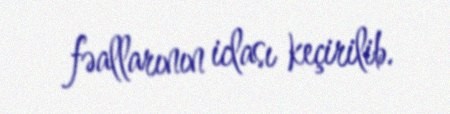
fəallarının iclası keçirilib.